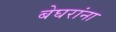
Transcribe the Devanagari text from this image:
बेघरांना